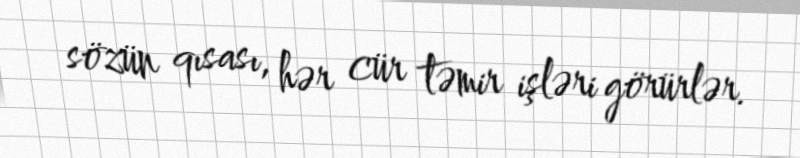
sözün qısası, hər cür təmir işləri görürlər.